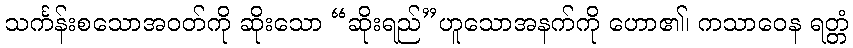
သင်္ကန်းစသောအဝတ်ကို ဆိုးသော “ဆိုးရည်”ဟူသောအနက်ကို ဟော၏၊ ကသာဝေန ရတ္တံ